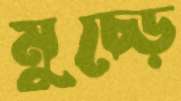
মুচ্‌ড়ে